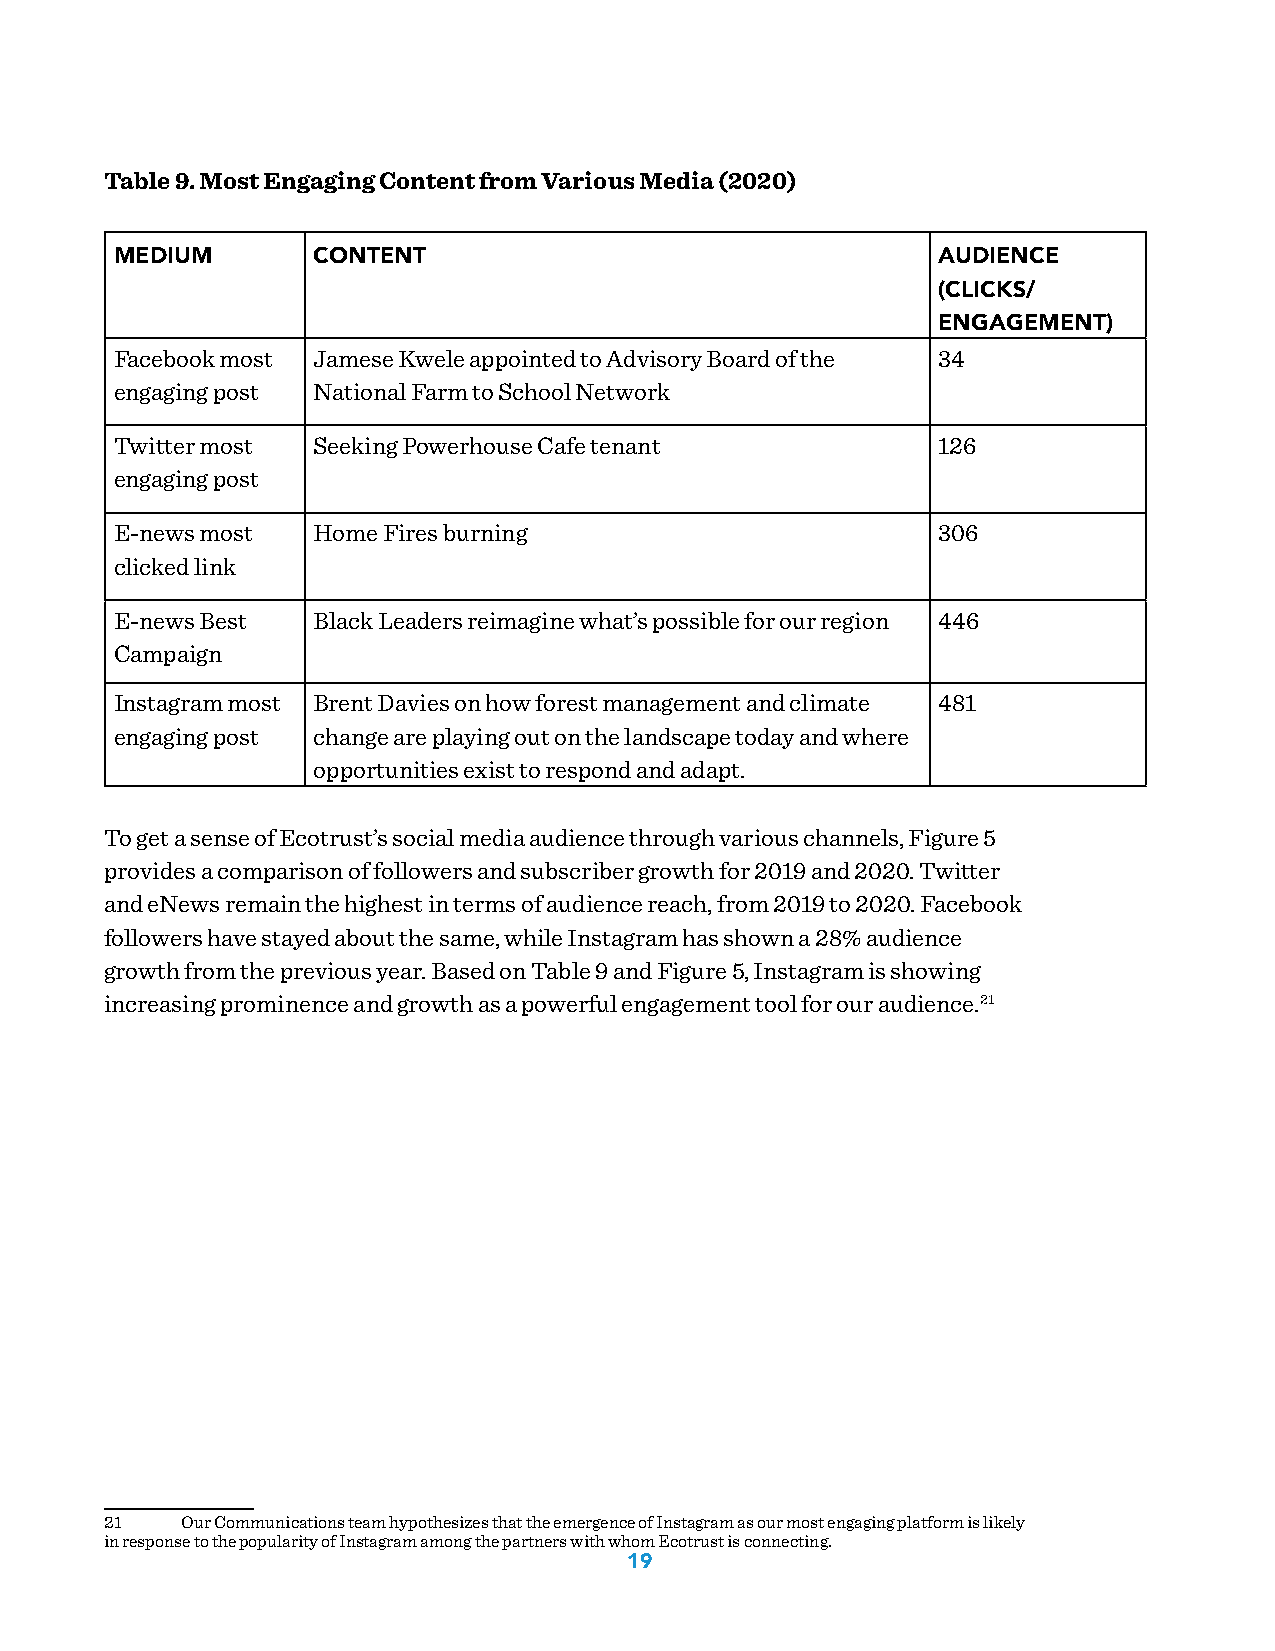
Table 9. Most Engaging Content from Various Media (2020)
 MEDIUM       CONTENT                                  AUDIENCE
 (CLICKS/
 ENGAGEMENT)
 Facebook most Jamese Kwele appointed to Advisory Board of the 34
 engaging post National Farm to School Network
 Twitter most Seeking Powerhouse Cafe tenant           126
 engaging post
 E-news most  Home Fires burning                       306
 clicked link
 E-news Best  Black Leaders reimagine what’s possible for our region 446
 Campaign
 Instagram most Brent Davies on how forest management and climate 481
 engaging post change are playing out on the landscape today and where
 opportunities exist to respond and adapt.
 To get a sense of Ecotrust’s social media audience through various channels, Figure 5
 provides a comparison of followers and subscriber growth for 2019 and 2020. Twitter
 and eNews remain the highest in terms of audience reach, from 2019 to 2020. Facebook
 followers have stayed about the same, while Instagram has shown a 28% audience
 growth from the previous year. Based on Table 9 and Figure 5, Instagram is showing
 increasing prominence and growth as a powerful engagement tool for our audience.21
 21   Our Communications team hypothesizes that the emergence of Instagram as our most engaging platform is likely
 in response to the popularity of Instagram among the partners with whom Ecotrust is connecting.
 19